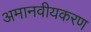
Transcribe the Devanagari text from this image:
अमानवीयकरण